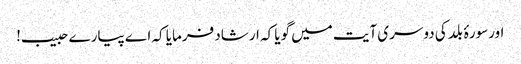
اورسورۂ بلد کی دوسری آیت میں گویا کہ ارشاد فرمایا کہ اے پیارے حبیب!